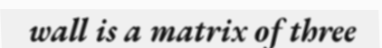
wall is a matrix of three